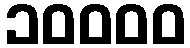
၁၀၀၀၀